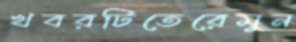
খবরটিতেরেমুন